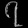
Digit: ၇